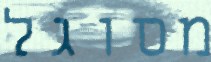
מסוגל